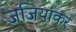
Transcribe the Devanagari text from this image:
जजियाकर